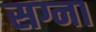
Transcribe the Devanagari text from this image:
सग्ना